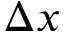
\Delta x